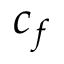
c _ { f }